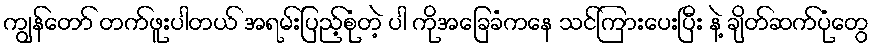
ကျွန်တော် တက်ဖူးပါတယ် အရမ်းပြည့်စုံတဲ့ ပါ ကိုအခြေခံကနေ သင်ကြားပေးပြီး နဲ့ ချိတ်ဆက်ပုံတွေ